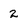
Character: 2